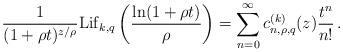
LaTeX: \begin{align*} \frac{1}{(1+\rho t)^{z/\rho}}{\rm Lif}_{k,q}\left(\frac{\ln(1+\rho t)}{\rho}\right)=\sum_{n=0}^\infty c_{n,\rho,q}^{(k)}(z)\frac{t^n}{n!}\,. \end{align*}